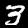
Label: 3